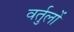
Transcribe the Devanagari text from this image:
वर्तुलों